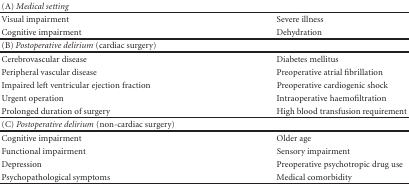
<table><thead><tr><td><b>(A) <i>Medical setting </i></b></td><td>[EMPTY_CELL]</td></tr></thead><tbody><tr><td>Visual impairment</td><td>Severe illness</td></tr><tr><td>Cognitive impairment</td><td>Dehydration</td></tr><tr><td>(B) <i>Postoperative delirium </i>(cardiac surgery)</td><td>[EMPTY_CELL]</td></tr><tr><td>Cerebrovascular disease</td><td>Diabetes mellitus</td></tr><tr><td>Peripheral vascular disease</td><td>Preoperative atrial fibrillation</td></tr><tr><td>Impaired left ventricular ejection fraction</td><td>Preoperative cardiogenic shock</td></tr><tr><td>Urgent operation</td><td>Intraoperative haemofiltration</td></tr><tr><td>Prolonged duration of surgery</td><td>High blood transfusion requirement</td></tr><tr><td>(C) <i>Postoperative delirium </i>(non-cardiac surgery)</td><td>[EMPTY_CELL]</td></tr><tr><td>Cognitive impairment</td><td>Older age</td></tr><tr><td>Functional impairment</td><td>Sensory impairment</td></tr><tr><td>Depression</td><td>Preoperative psychotropic drug use</td></tr><tr><td>Psychopathological symptoms</td><td>Medical comorbidity</td></tr></tbody></table>